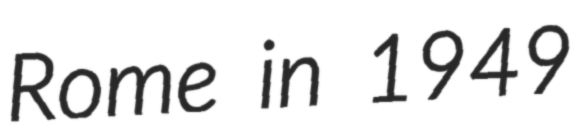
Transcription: Rome in 1949